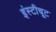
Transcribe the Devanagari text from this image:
इंस्टीचूट